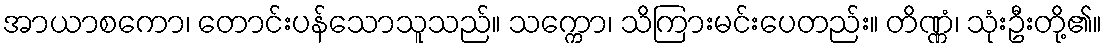
အာယာစကော၊ တောင်းပန်သောသူသည်။ သက္ကော၊ သိကြားမင်းပေတည်း။ တိဏ္ဏံ၊ သုံးဦးတို့၏။